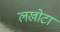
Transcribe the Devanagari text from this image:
लखोटा